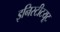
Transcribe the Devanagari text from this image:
इनिस्टीटयूट